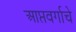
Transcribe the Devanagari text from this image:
आप्तवर्गाचे